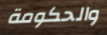
والحكومة